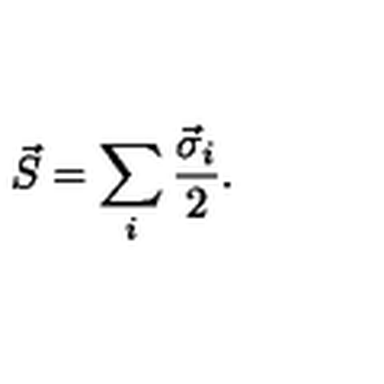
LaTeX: \vec { S } = \sum _ { i } { \frac { \vec { \sigma } _ { i } } { 2 } } .